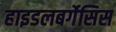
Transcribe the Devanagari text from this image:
हाइडलबर्गेसिस